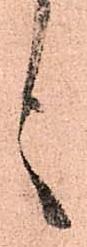
言